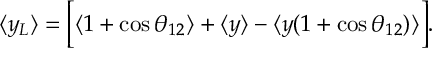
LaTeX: \langle y _ { L } \rangle = \Big [ \langle 1 + \cos \theta _ { 1 2 } \rangle + \langle y \rangle - \langle y ( 1 + \cos \theta _ { 1 2 } ) \rangle \Big ] .